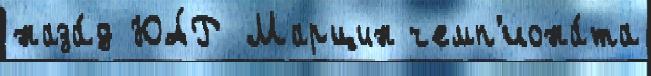
наза́д ЮА́Р Марцин чемп'иона́та